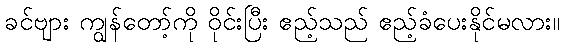
ခင်ဗျား ကျွန်တော့်ကို ဝိုင်းပြီး ဧည့်သည် ဧည့်ခံပေးနိုင်မလား။